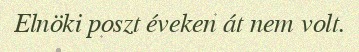
Elnöki poszt éveken át nem volt.